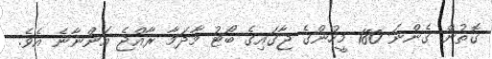
ގޮތުން ގެންނަ 180 މީހުންގެ ޖާގައިގެ ބޯޓު މާދަމާ ރާއްޖެ އަންނާނެ އެވެ.